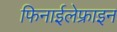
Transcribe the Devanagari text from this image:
फिनाईलेफ्राइन